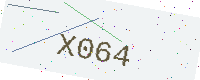
Text: X064